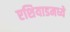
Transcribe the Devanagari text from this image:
एशियाडमध्ये